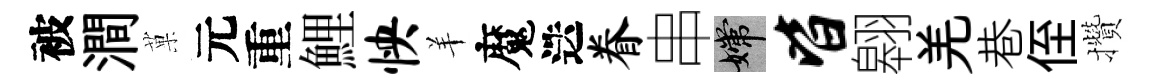
被澗菓元重鯉怏羊魔迭眷串嫦皆翱羌巷侄攢